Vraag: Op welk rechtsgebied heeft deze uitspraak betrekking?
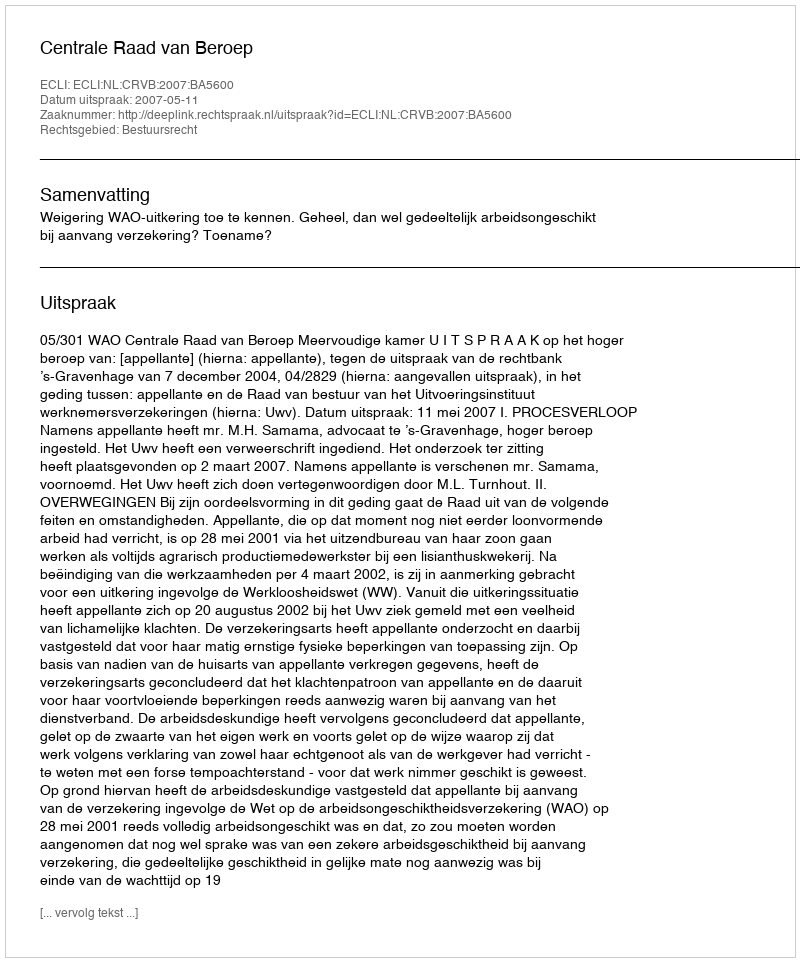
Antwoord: Bestuursrecht